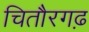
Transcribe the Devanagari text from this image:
चितौरगढ़